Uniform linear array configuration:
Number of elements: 24
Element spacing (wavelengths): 0.75
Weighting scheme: kaiser
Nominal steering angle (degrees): -30
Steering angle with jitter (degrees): -29.927
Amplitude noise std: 0.05
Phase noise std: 0.05

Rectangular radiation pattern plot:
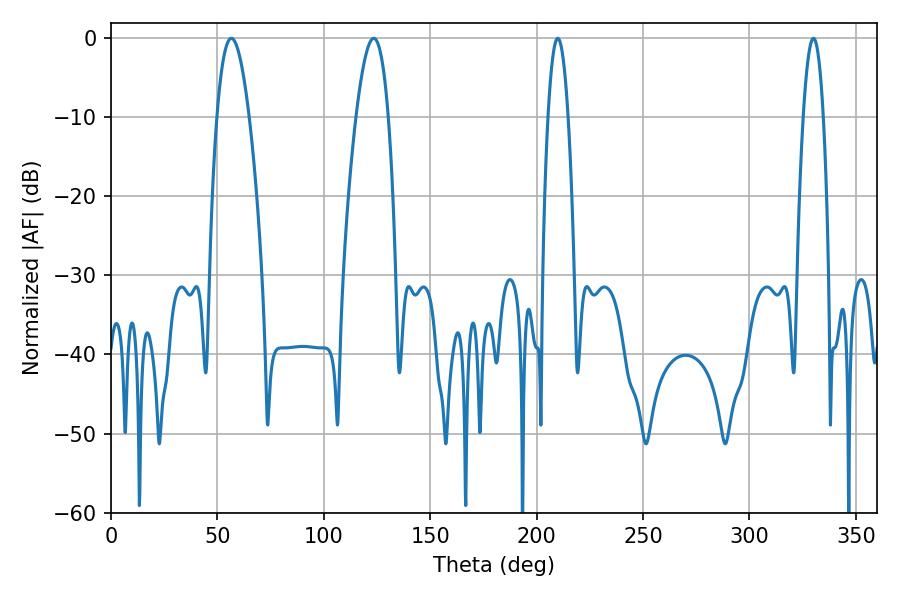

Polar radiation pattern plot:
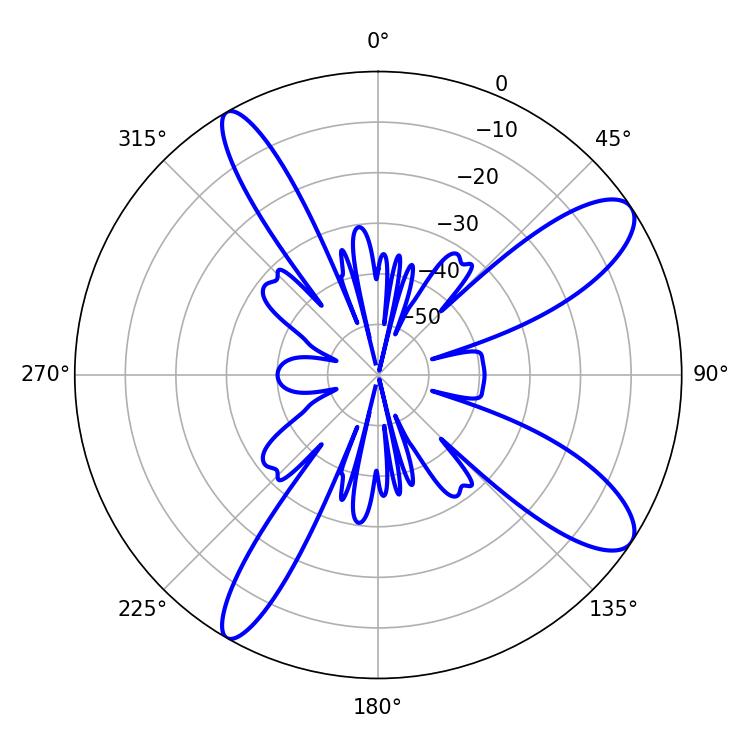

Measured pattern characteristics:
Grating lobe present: TRUE
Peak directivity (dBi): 10.871
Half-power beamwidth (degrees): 8.46
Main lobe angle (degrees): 56.52